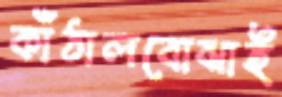
কাঁঠালবোঝাই